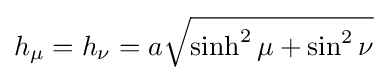
h_{\mu }=h_{\nu }=a{\sqrt {\sinh ^{2}\mu +\sin ^{2}\nu }}